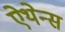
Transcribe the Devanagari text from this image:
ऐथेन्स